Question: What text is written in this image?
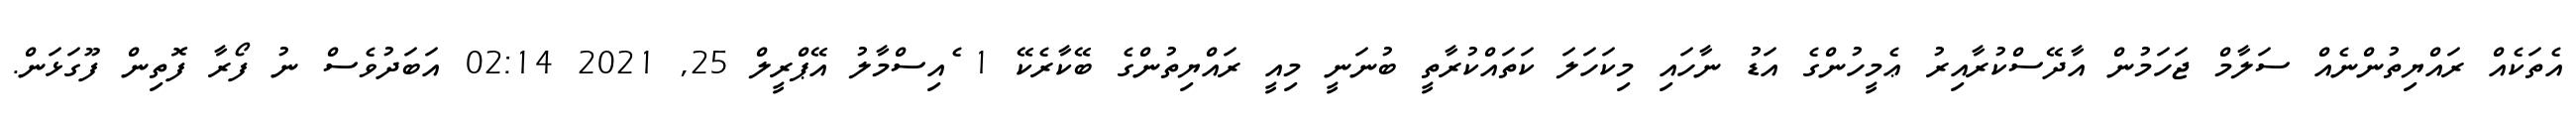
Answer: އެތަކެއް ރައްޔިތުންނެއް ސަލާމް ޖަހަމުން އާދޭސްކުރާއިރު ޢެމީހުންގެ އަޑު ނާހައި މިކަހަލަ ކަތައްކުރާތީ ބުނަނީ މިއީ ރައްޔިތުންގެ ބޭކާރެކޭ 1 ެއިސްމާލު އޭޕްރީލް 25, 2021 02:14 އަބަދުވެސް ނު ފޯރާ ފޮތިން ފޫގަޅަން.